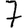
Digit: 7